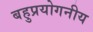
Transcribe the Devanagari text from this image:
बहुप्रयोगनीय